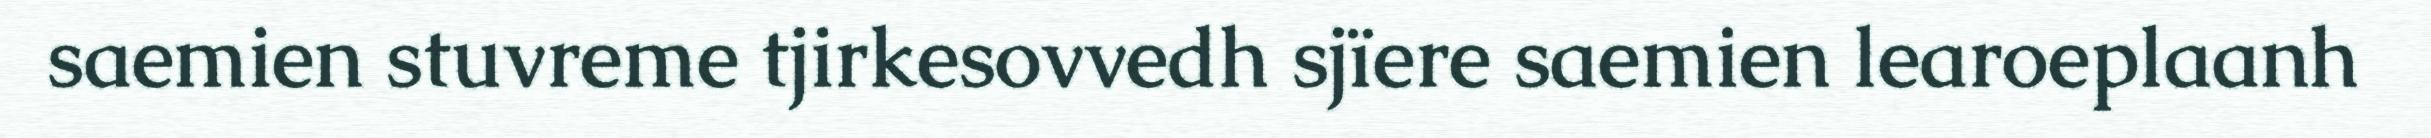
saemien stuvreme tjirkesovvedh sjïere saemien learoeplaanh